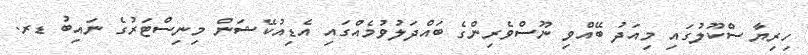
ހިރިޔާ ސްކޫލުގައި މިއަދު ބޭއްވި ނޫސްވެރިންގެ ބައްދަލުވުމެއްގައި އެޑިއުކޭޝަން މިނިސްޓަރުގެ ނައިބު ޑރ.